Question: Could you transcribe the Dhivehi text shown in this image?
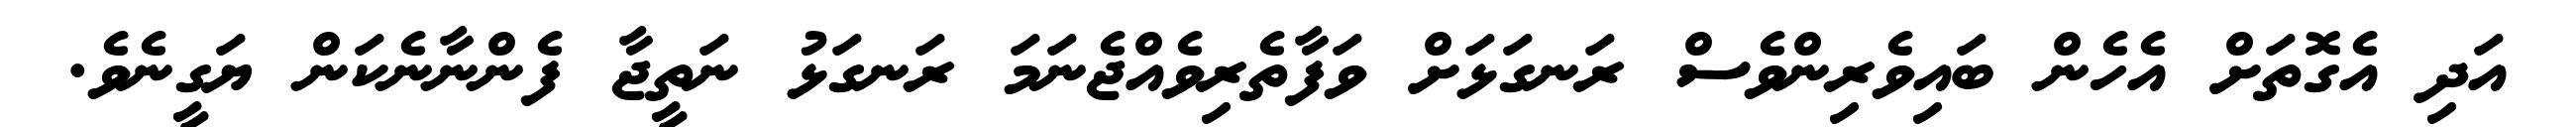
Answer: އަދި އެގޮތަށް އެހެން ބައިވެރިންވެސް ރަނގަޅަށް ވަފާތެރިވެއްޖެނަމަ ރަނގަޅު ނަތީޖާ ފެންނާނެކަން ޔަގީނެވެ.